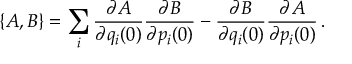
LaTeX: \{ A , B \} = \sum _ { i } \frac { \partial A } { \partial q _ { i } ( 0 ) } \frac { \partial B } { \partial p _ { i } ( 0 ) } - \frac { \partial B } { \partial q _ { i } ( 0 ) } \frac { \partial A } { \partial p _ { i } ( 0 ) } \, .